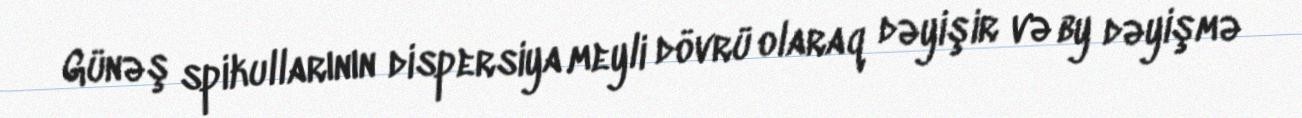
Günəş spikullarının dispersiya meyli dövrü olaraq dəyişir və by dəyişmə